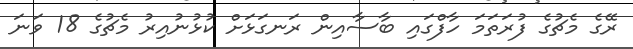
ރޭގެ މެޗުގެ ފުރަތަމަ ހާފްގައި ބާސާއިން ރަނގަޅަށް ކުޅުނުއިރު މެޗުގެ 18 ވަނަ